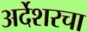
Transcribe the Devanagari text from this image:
अर्देशरचा